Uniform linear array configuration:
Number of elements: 4
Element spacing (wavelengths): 0.25
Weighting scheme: hamming
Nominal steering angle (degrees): -60
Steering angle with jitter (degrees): -59.551
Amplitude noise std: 0.05
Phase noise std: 0.05

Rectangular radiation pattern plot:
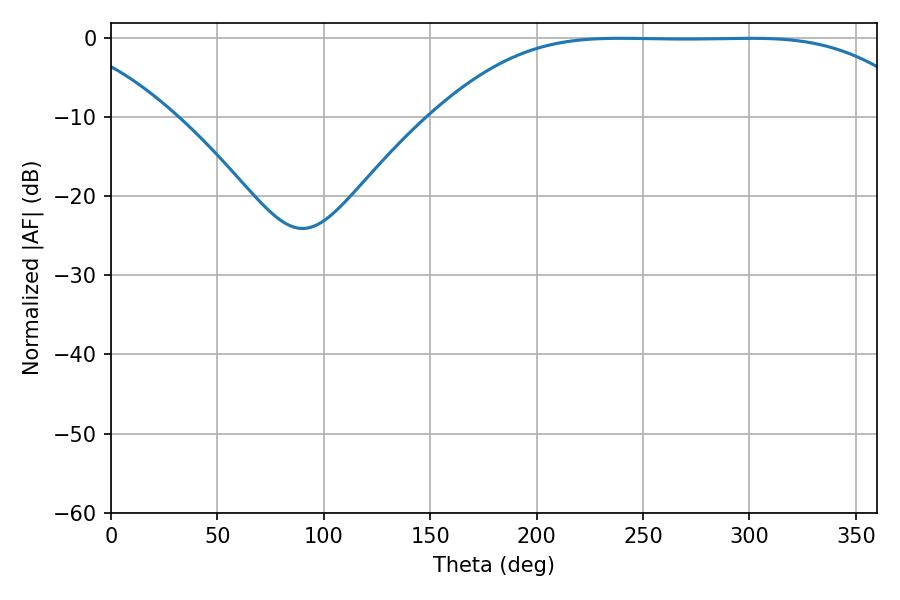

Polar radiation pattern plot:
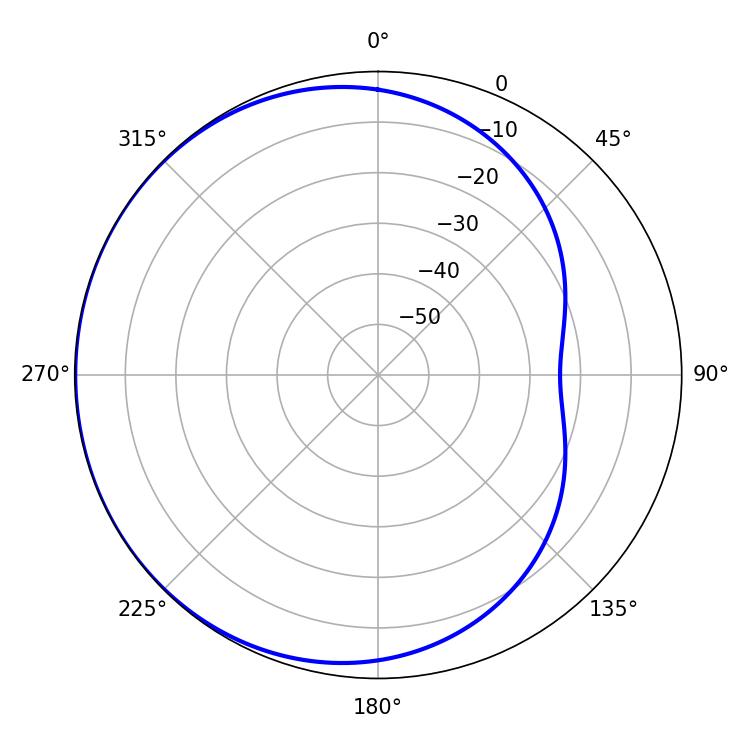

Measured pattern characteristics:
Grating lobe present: FALSE
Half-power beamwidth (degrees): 171.72
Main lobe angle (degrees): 239.4